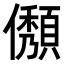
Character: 𠐬